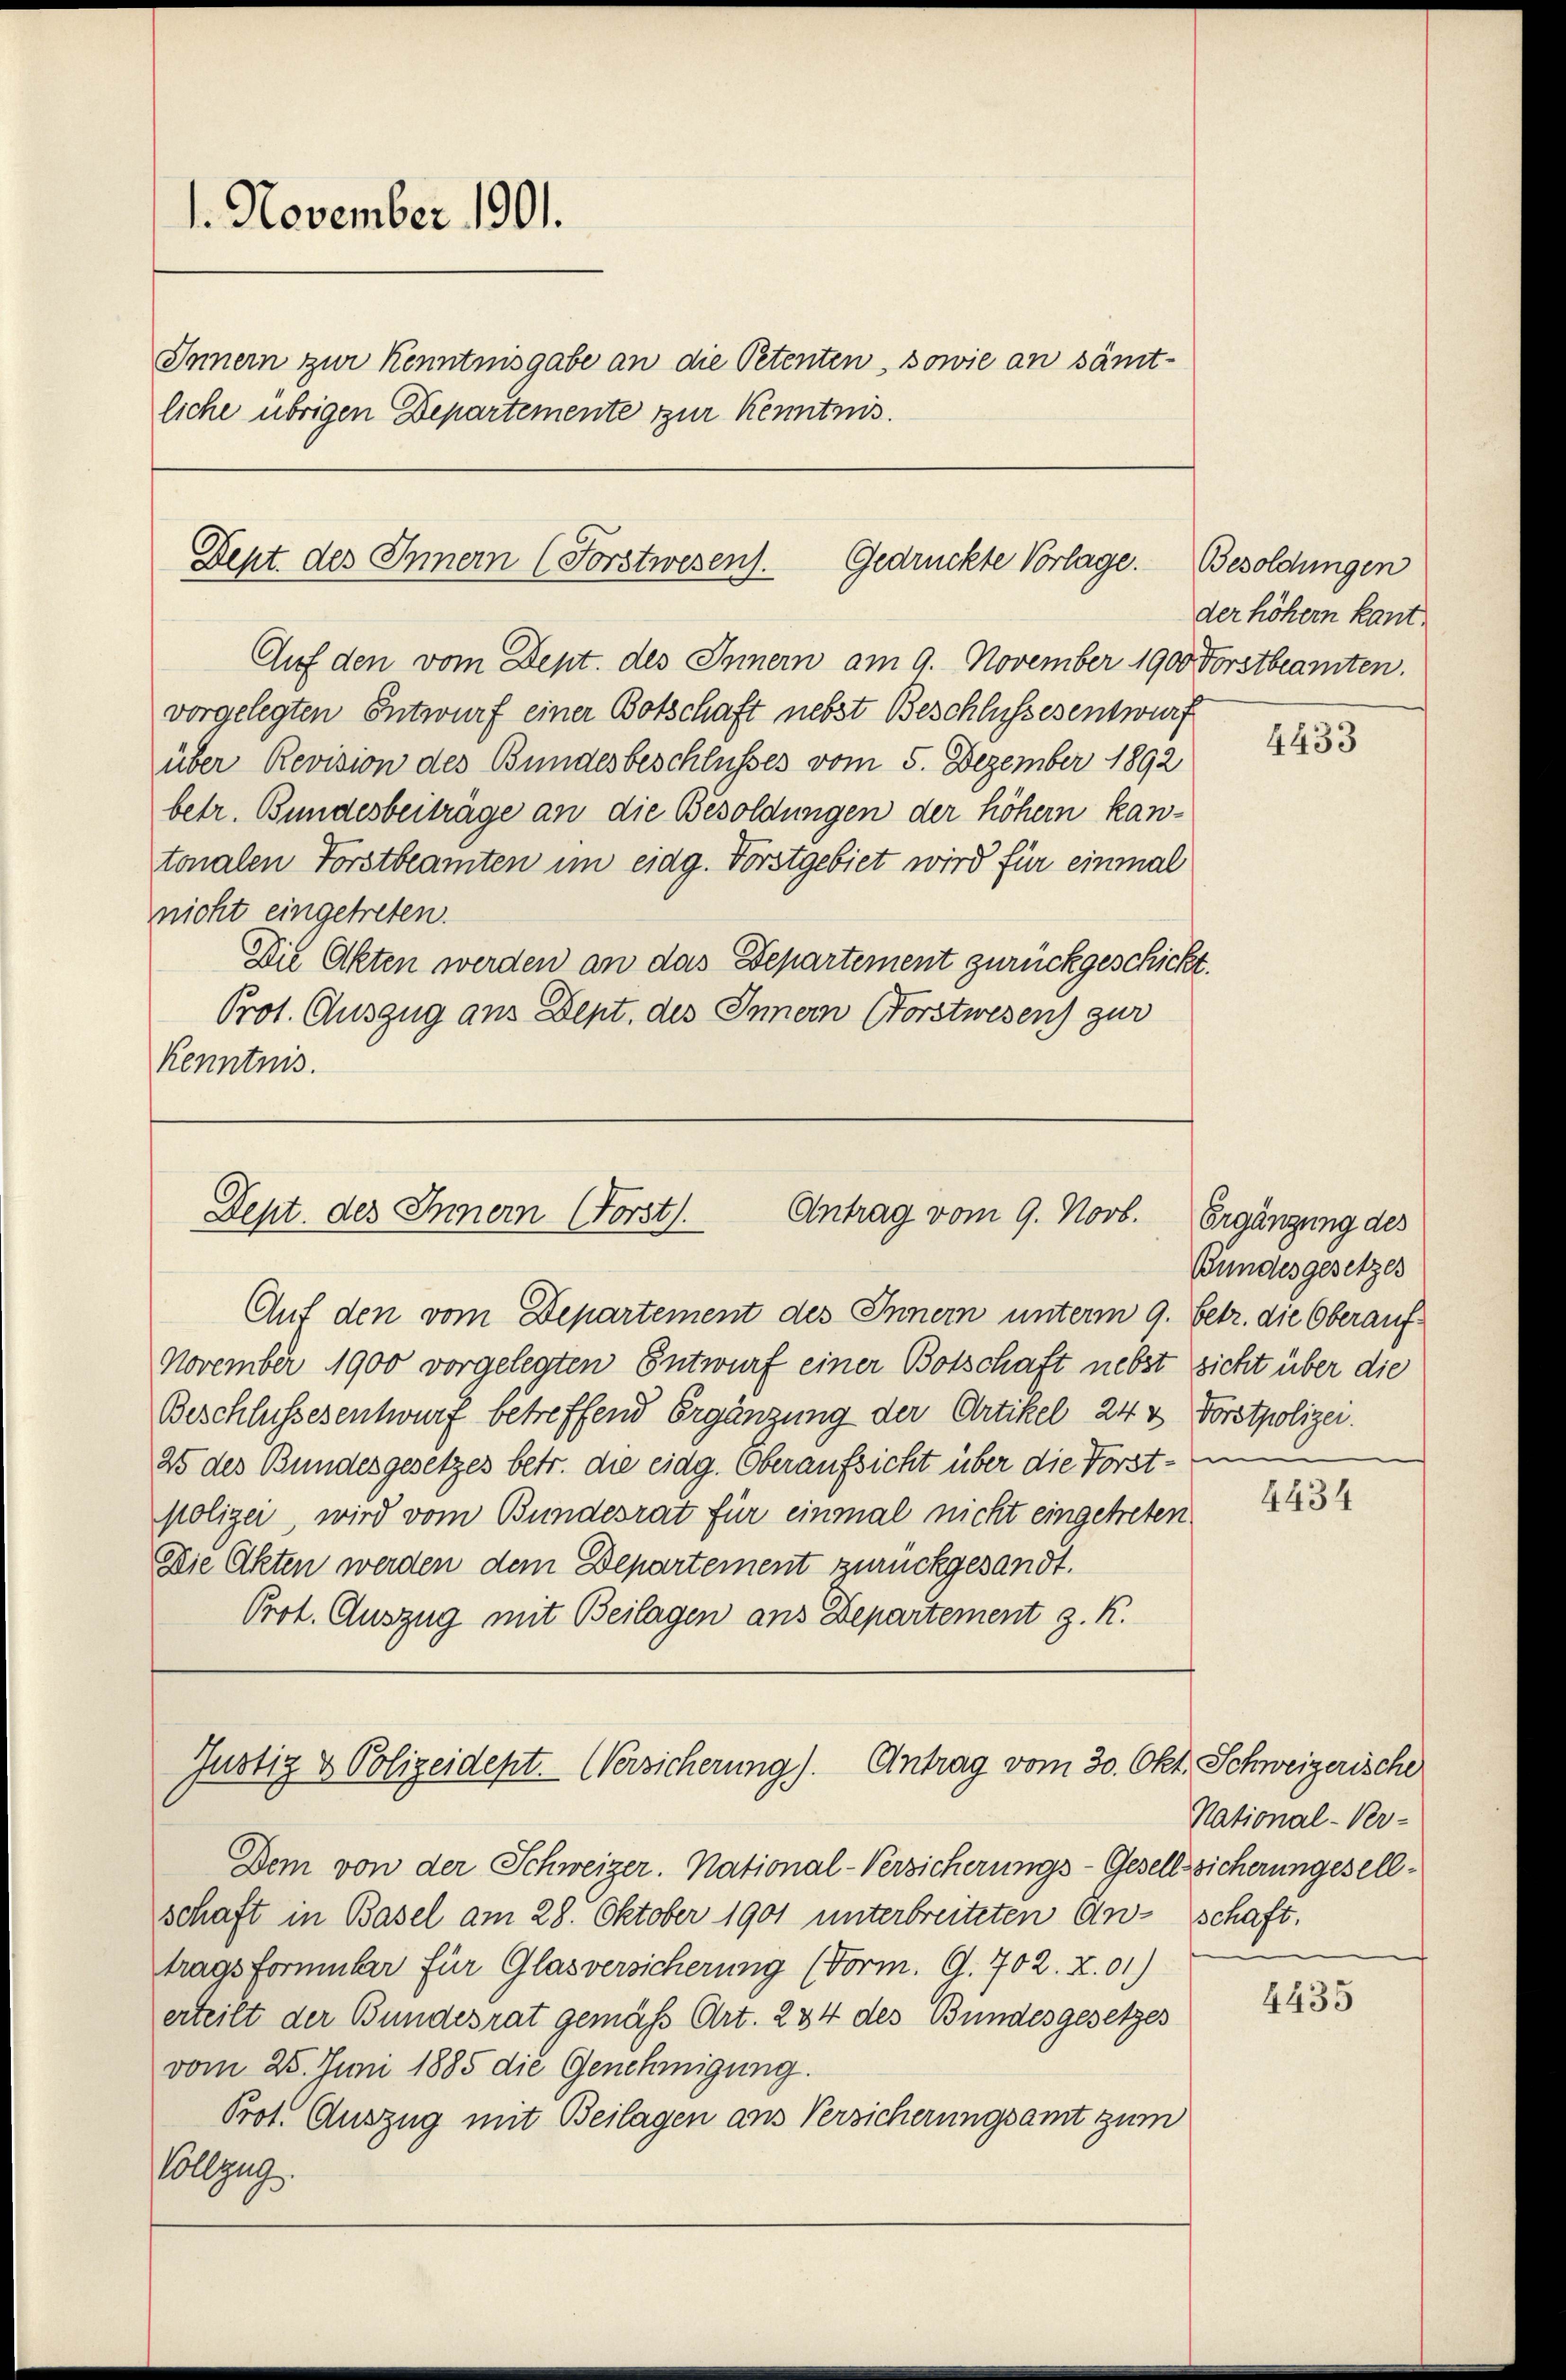
1. November 1901.
Innern zur Kenntnisgabe an die Petenten, sowie an sämt-
liche übrigen Departemente zur Kenntnis.

Dept. des Innern (Forstwesen.
Gedrückte Vorlage.
Auf den vom Dept. des Innern am 9. November 1900 Forstbeamten.

vorgelegten Entwurf einer Botschaft nebst Beschlussesentwurf
über Revision des Bundesbeschlusses vom 5. Dezember 1892
betr. Bundesbeiträge an die Besoldungen der höhern kan-
tonalen Forstbeamten im eidg. Forstgebiet wird für einmal
nicht eingetreten.
Die Akten werden an das Departement zurückgeschickt.
Prot. Auszug aus Dept. des Innern Forstwesen) zur
Kenntnis.

Dept. des Innern (Forst
Antrag vom 9. Novb.

Auf den vom Departement des Innern unterm 9. Betr. die Oberauf¬
November 1900 vorgelegten Entwurf einer Botschaft nebst sicht über die
Beschlussesentwurf betreffend Ergänzung der Artikel 24 v Forstpolizei.
25 des Bundesgesetzes betr. die eidg. Oberaufsicht über die Forst- in
polizei, wird vom Bundesrat für einmal nicht eingetreten
Die Akten werden dem Departement zurückgesandt.
Prot. Auszug mit Beilagen ans Departement z. K.

Justiz & Polizeident. Versicherung). Antrag vom 30. Okt.

Dem von der Schweizer. National-Versicherungs-Gesellssicherungesellschaft in Basel am 28. Oktober 1901 unterbreiteten An- schaft,
tragsformular für Glasversicherung (Form. G. 702. X. 01)
erteilt der Bundesrat gemäß Art. 234 des Bundesgesetzes
vom 25. Juni 1885 die Genehmigung.
Prot. Auszug mit Beilagen aus Versicherungsamt zum
Vollzug.

Besoldungen
der höhern kant.

Ergänzung des
Bundesgesetzes

4433

4434

Schweizerische
National-Ver-

4435